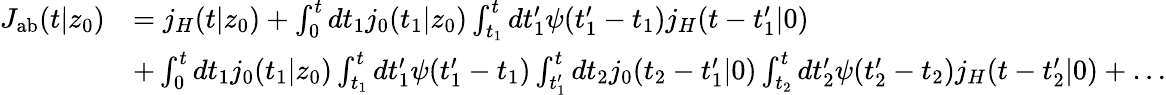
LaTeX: \begin{array}{rl}{J_{\mathrm{{ab}}}(t|z_{0})}&{=j_{H}(t|z_{0})+\int_{0}^{t}dt_{1}j_{0}(t_{1}|z_{0})\int_{t_{1}}^{t}dt_{1}^{\prime}\psi(t_{1}^{\prime}-t_{1})j_{H}(t-t_{1}^{\prime}|0)}\\ &{+\int_{0}^{t}dt_{1}j_{0}(t_{1}|z_{0})\int_{t_{1}}^{t}dt_{1}^{\prime}\psi(t_{1}^{\prime}-t_{1})\int_{t_{1}^{\prime}}^{t}dt_{2}j_{0}(t_{2}-t_{1}^{\prime}|0)\int_{t_{2}}^{t}dt_{2}^{\prime}\psi(t_{2}^{\prime}-t_{2})j_{H}(t-t_{2}^{\prime}|0)+\ldots}\end{array}